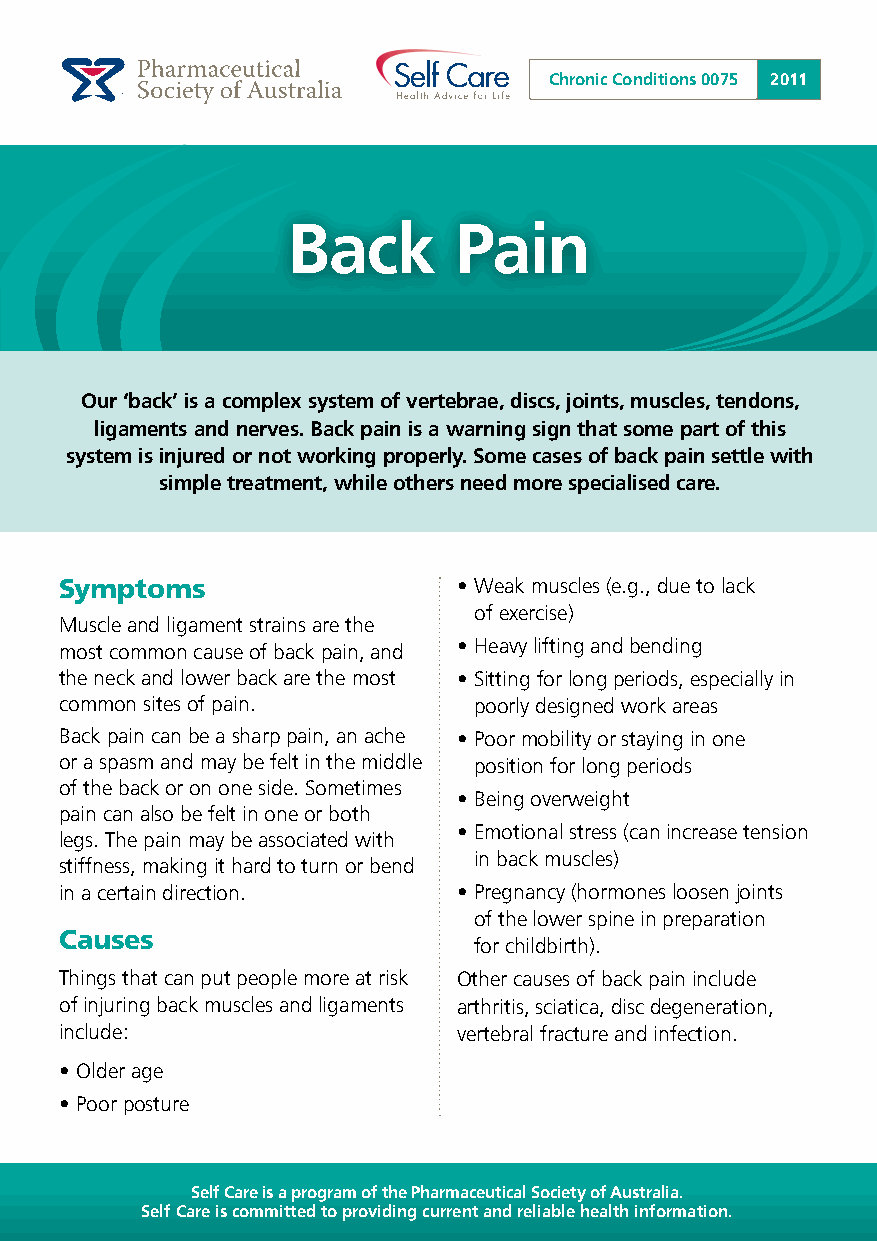
Chronic Conditions 0075 2011
 Back       Pain
 Our ‘back’ is a complex system of vertebrae, discs, joints, muscles, tendons,
 ligaments and nerves. Back pain is a warning sign that some part of this
 system is injured or not working properly. Some cases of back pain settle with
 simple treatment, while others need more specialised care.
 Symptoms                  • Weak muscles (e.g., due to lack
 of exercise)
 Muscle and ligament strains are the
 most common cause of back pain, and • Heavy lifting and bending
 the neck and lower back are the most • Sitting for long periods, especially in
 common sites of pain.      poorly designed work areas
 Back pain can be a sharp pain, an ache • Poor mobility or staying in one
 or a spasm and may be felt in the middle position for long periods
 of the back or on one side. Sometimes
 • Being overweight
 pain can also be felt in one or both
 • Emotional stress (can increase tension
 legs. The pain may be associated with
 in back muscles)
 stiffness, making it hard to turn or bend
 in a certain direction.   • Pregnancy (hormones loosen joints
 of the lower spine in preparation
 Causes
 for childbirth).
 Things that can put people more at risk Other causes of back pain include
 of injuring back muscles and ligaments arthritis, sciatica, disc degeneration,
 include:                  vertebral fracture and infection.
 • Older age
 • Poor posture
 Self Care is a program of the Pharmaceutical Society of Australia.
 Self Care is committed to providing current and reliable health information.